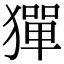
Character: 㺗